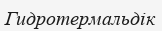
Гидротермальдік